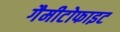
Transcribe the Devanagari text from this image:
गैमीटोफाइट